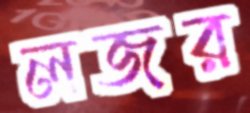
লজর